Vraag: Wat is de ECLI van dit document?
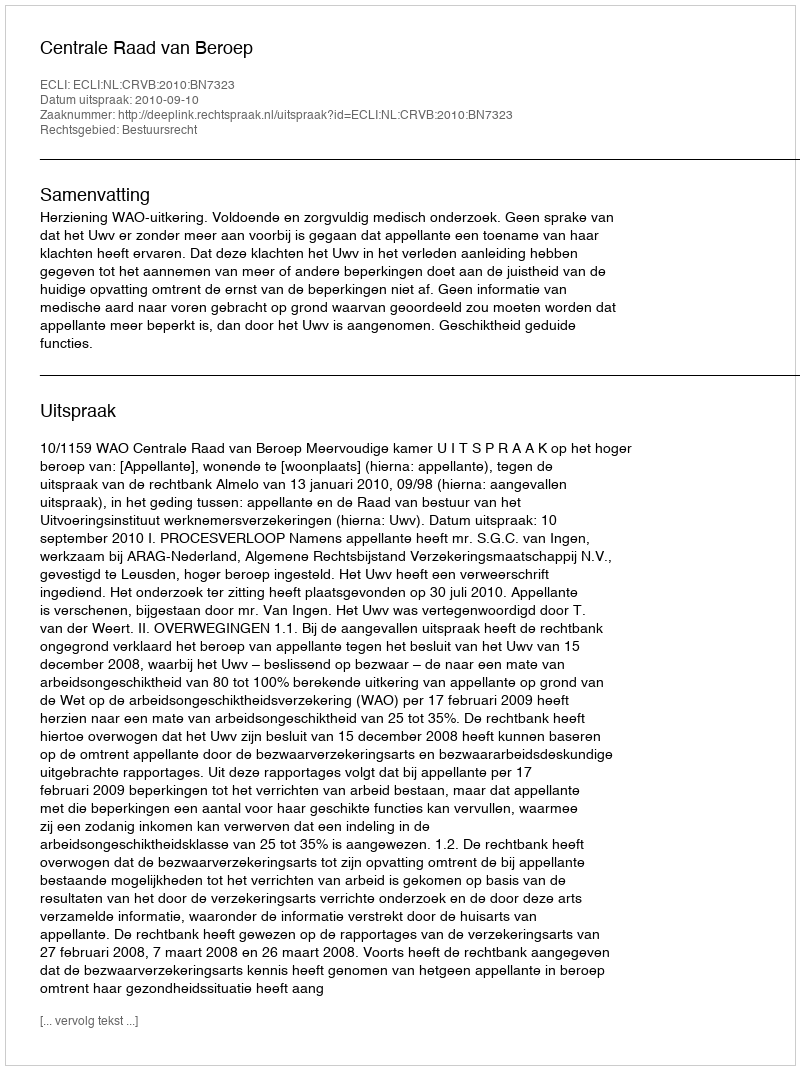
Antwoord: ECLI:NL:CRVB:2010:BN7323